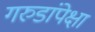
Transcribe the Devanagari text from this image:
गरुडांपेक्षा